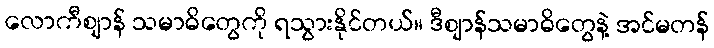
လောကီဈာန် သမာဓိတွေကို ရသွားနိုင်တယ်။ ဒီဈာန်သမာဓိတွေနဲ့ အင်မတန်